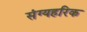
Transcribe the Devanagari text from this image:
संग्यहरिक